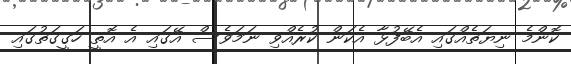
ކޮންމެ ނިޔަތެއްގައި އެބޭފުޅާ އެކަން ކުރެއްވި ނަމަވެސް އޭގައި އެ އޮތީ ހަގީގަތުގައި